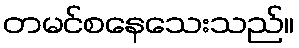
တမင်စနေသေးသည်။